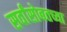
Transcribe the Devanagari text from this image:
सर्वांसोबतच्या